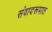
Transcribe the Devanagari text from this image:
संवादरूपात